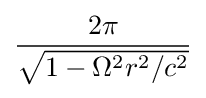
{\frac {2\pi }{\sqrt {1-\Omega ^{2}r^{2}/c^{2}}}}